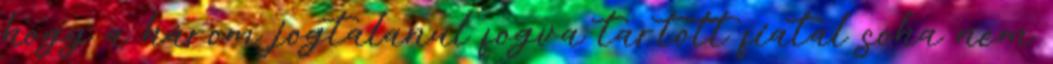
hogy a három jogtalanul fogva tartott fiatal soha nem